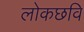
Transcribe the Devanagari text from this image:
लोकछवि